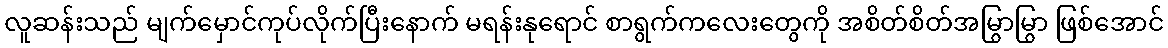
လူဆန်းသည် မျက်မှောင်ကုပ်လိုက်ပြီးနောက် မရန်းနုရောင် စာရွက်ကလေးတွေကို အစိတ်စိတ်အမြွာမြွာ ဖြစ်အောင်